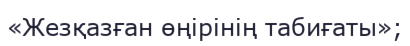
«Жезқазған өңірінің табиғаты»;